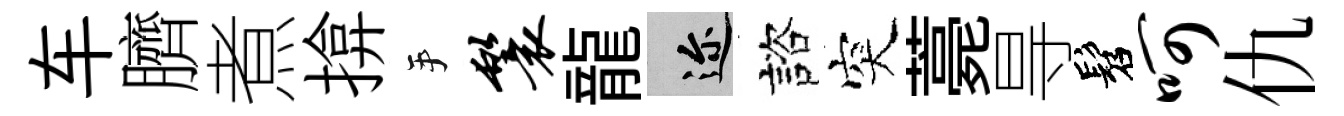
车臍煮揜手鬟龍邇諮突薧㝵髫呵仇